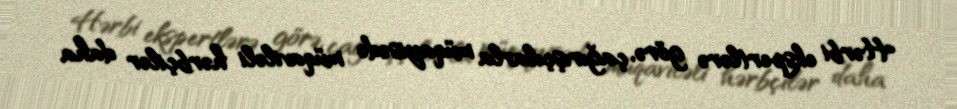
Hərbi ekspertlərə görə, çağırışçılarla müqayisədə müqaviləli hərbçilər daha